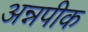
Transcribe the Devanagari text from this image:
अन्नपीक